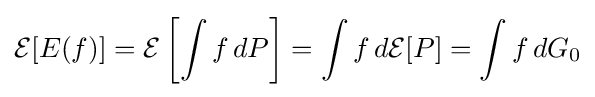
{\mathcal {E}}[E(f)]={\mathcal {E}}\left[\int f\,dP\right]=\int f\,d{\mathcal {E}}[P]=\int f\,dG_{0}